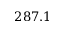
2 8 7 . 1